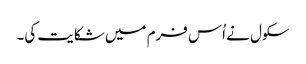
سکول نے اُس فرم میں شکایت کی۔